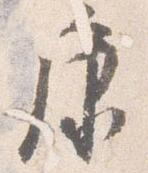
康